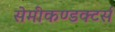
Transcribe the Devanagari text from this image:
सेमीकण्डक्टर्स